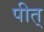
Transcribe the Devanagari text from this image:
पीत्